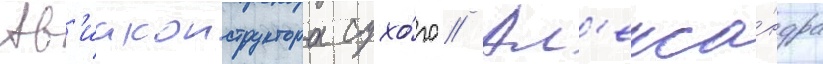
Ав'иаконструктора сухо́го // Ал'екса́ндра